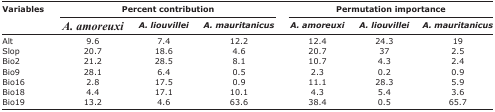
<table><thead><tr><td rowspan="3"><b>Variables</b></td><td colspan="3"><b>Percent contribution</b></td><td colspan="3"><b>Permutation importance</b></td></tr><tr><td><b><i>A. amoreuxi</i></b></td><td><b><i>A. liouvillei</i></b></td><td><b><i>A. mauritanicus</i></b></td><td><b><i>A. amoreuxi</i></b></td><td><b><i>A. liouvillei</i></b></td><td><b><i>A. mauritanicus</i></b></td></tr></thead><tbody><tr><td>Alt</td><td>9.6</td><td>7.4</td><td>12.2</td><td>12.4</td><td>24.3</td><td>19</td></tr><tr><td>Slop</td><td>20.7</td><td>18.6</td><td>4.6</td><td>20.7</td><td>37</td><td>2.5</td></tr><tr><td>Bio2</td><td>21.2</td><td>28.5</td><td>8.1</td><td>10.7</td><td>4.3</td><td>2.4</td></tr><tr><td>Bio9</td><td>28.1</td><td>6.4</td><td>0.5</td><td>2.3</td><td>0.2</td><td>0.9</td></tr><tr><td>Bio16</td><td>2.8</td><td>17.5</td><td>0.9</td><td>11.1</td><td>28.3</td><td>5.9</td></tr><tr><td>Bio18</td><td>4.4</td><td>17.1</td><td>10.1</td><td>4.3</td><td>5.4</td><td>3.6</td></tr><tr><td>Bio19</td><td>13.2</td><td>4.6</td><td>63.6</td><td>38.4</td><td>0.5</td><td>65.7</td></tr></tbody></table>